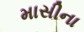
માસીના